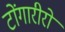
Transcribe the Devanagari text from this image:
टोंगारीरो